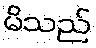
မိသည်